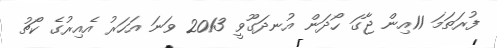
ފުރަތަމަ 11އިން ޖާގަ ހޯދަން އުނދަގޫވީ 2013 ވަނަ އަހަރު އެއިރުގެ ކޯޗު